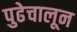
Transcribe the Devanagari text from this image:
पुढेचालून